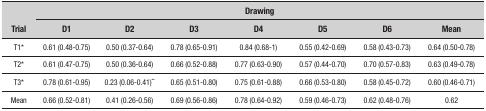
<table><thead><tr><td rowspan="2"><b>Trial</b></td><td colspan="7"><b>Drawing</b></td></tr><tr><td><b>D1</b></td><td><b>D2</b></td><td><b>D3</b></td><td><b>D4</b></td><td><b>D5</b></td><td><b>D6</b></td><td><b>Mean</b></td></tr></thead><tbody><tr><td>T1*</td><td>0.61 (0.48-0.75)</td><td>0.50 (0.37-0.64)</td><td>0.78 (0.65-0.91)</td><td>0.84 (0.68-1)</td><td>0.55 (0.42-0.69)</td><td>0.58 (0.43-0.73)</td><td>0.64 (0.50-0.78)</td></tr><tr><td>T2*</td><td>0.61 (0.47-0.75)</td><td>0.50 (0.36-0.64)</td><td>0.66 (0.52-0.88)</td><td>0.77 (0.63-0.90)</td><td>0.57 (0.44-0.70)</td><td>0.70 (0.57-0.83)</td><td>0.63 (0.49-0.78)</td></tr><tr><td>T3*</td><td>0.78 (0.61-0.95)</td><td>0.23 (0.06-0.41)**</td><td>0.65 (0.51-0.80)</td><td>0.75 (0.61-0.88)</td><td>0.66 (0.53-0.80)</td><td>0.58 (0.45-0.72)</td><td>0.60 (0.46-0.71)</td></tr><tr><td>Mean</td><td>0.66 (0.52-0.81)</td><td>0.41 (0.26-0.56)</td><td>0.69 (0.56-0.86)</td><td>0.78 (0.64-0.92)</td><td>0.59 (0.46-0.73)</td><td>0.62 (0.48-0.76)</td><td>0.62</td></tr></tbody></table>